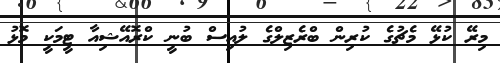
މިރޭ ކުޅޭ މެޗުގެ ކުރިން ބްރެޒިލްގެ ލުއިސް ބުނީ ކްރޮއޭޝިއާ ޓީމަކީ މޮޅު